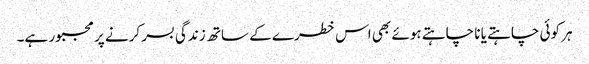
ہر کوئی چاہتے یا نا چاہتے ہوئے بھی اس خطرے کے ساتھ زندگی بسر کرنے پر مجبور ہے۔